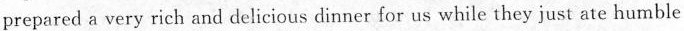
prepared a very rich and delicious dinner for us while they just ate humble